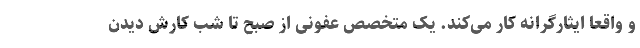
و واقعا ایثارگرانه کار می‌کند. یک متخصص عفونی از صبح تا شب کارش دیدن